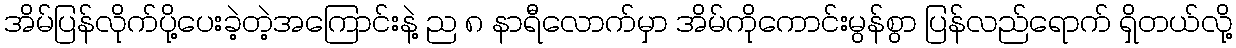
အိမ်ပြန်လိုက်ပို့ပေးခဲ့တဲ့အကြောင်းနဲ့ ည ၈ နာရီလောက်မှာ အိမ်ကိုကောင်းမွန်စွာ ပြန်လည်ရောက် ရှိတယ်လို့